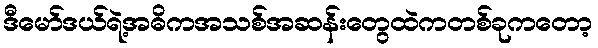
ဒီမော်ဒယ်ရဲ့အဓိကအသစ်အဆန်းတွေထဲကတစ်ခုကတော့